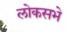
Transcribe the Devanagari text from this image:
लोकसभे